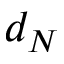
d _ { N }